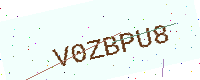
Text: V0ZBPU8